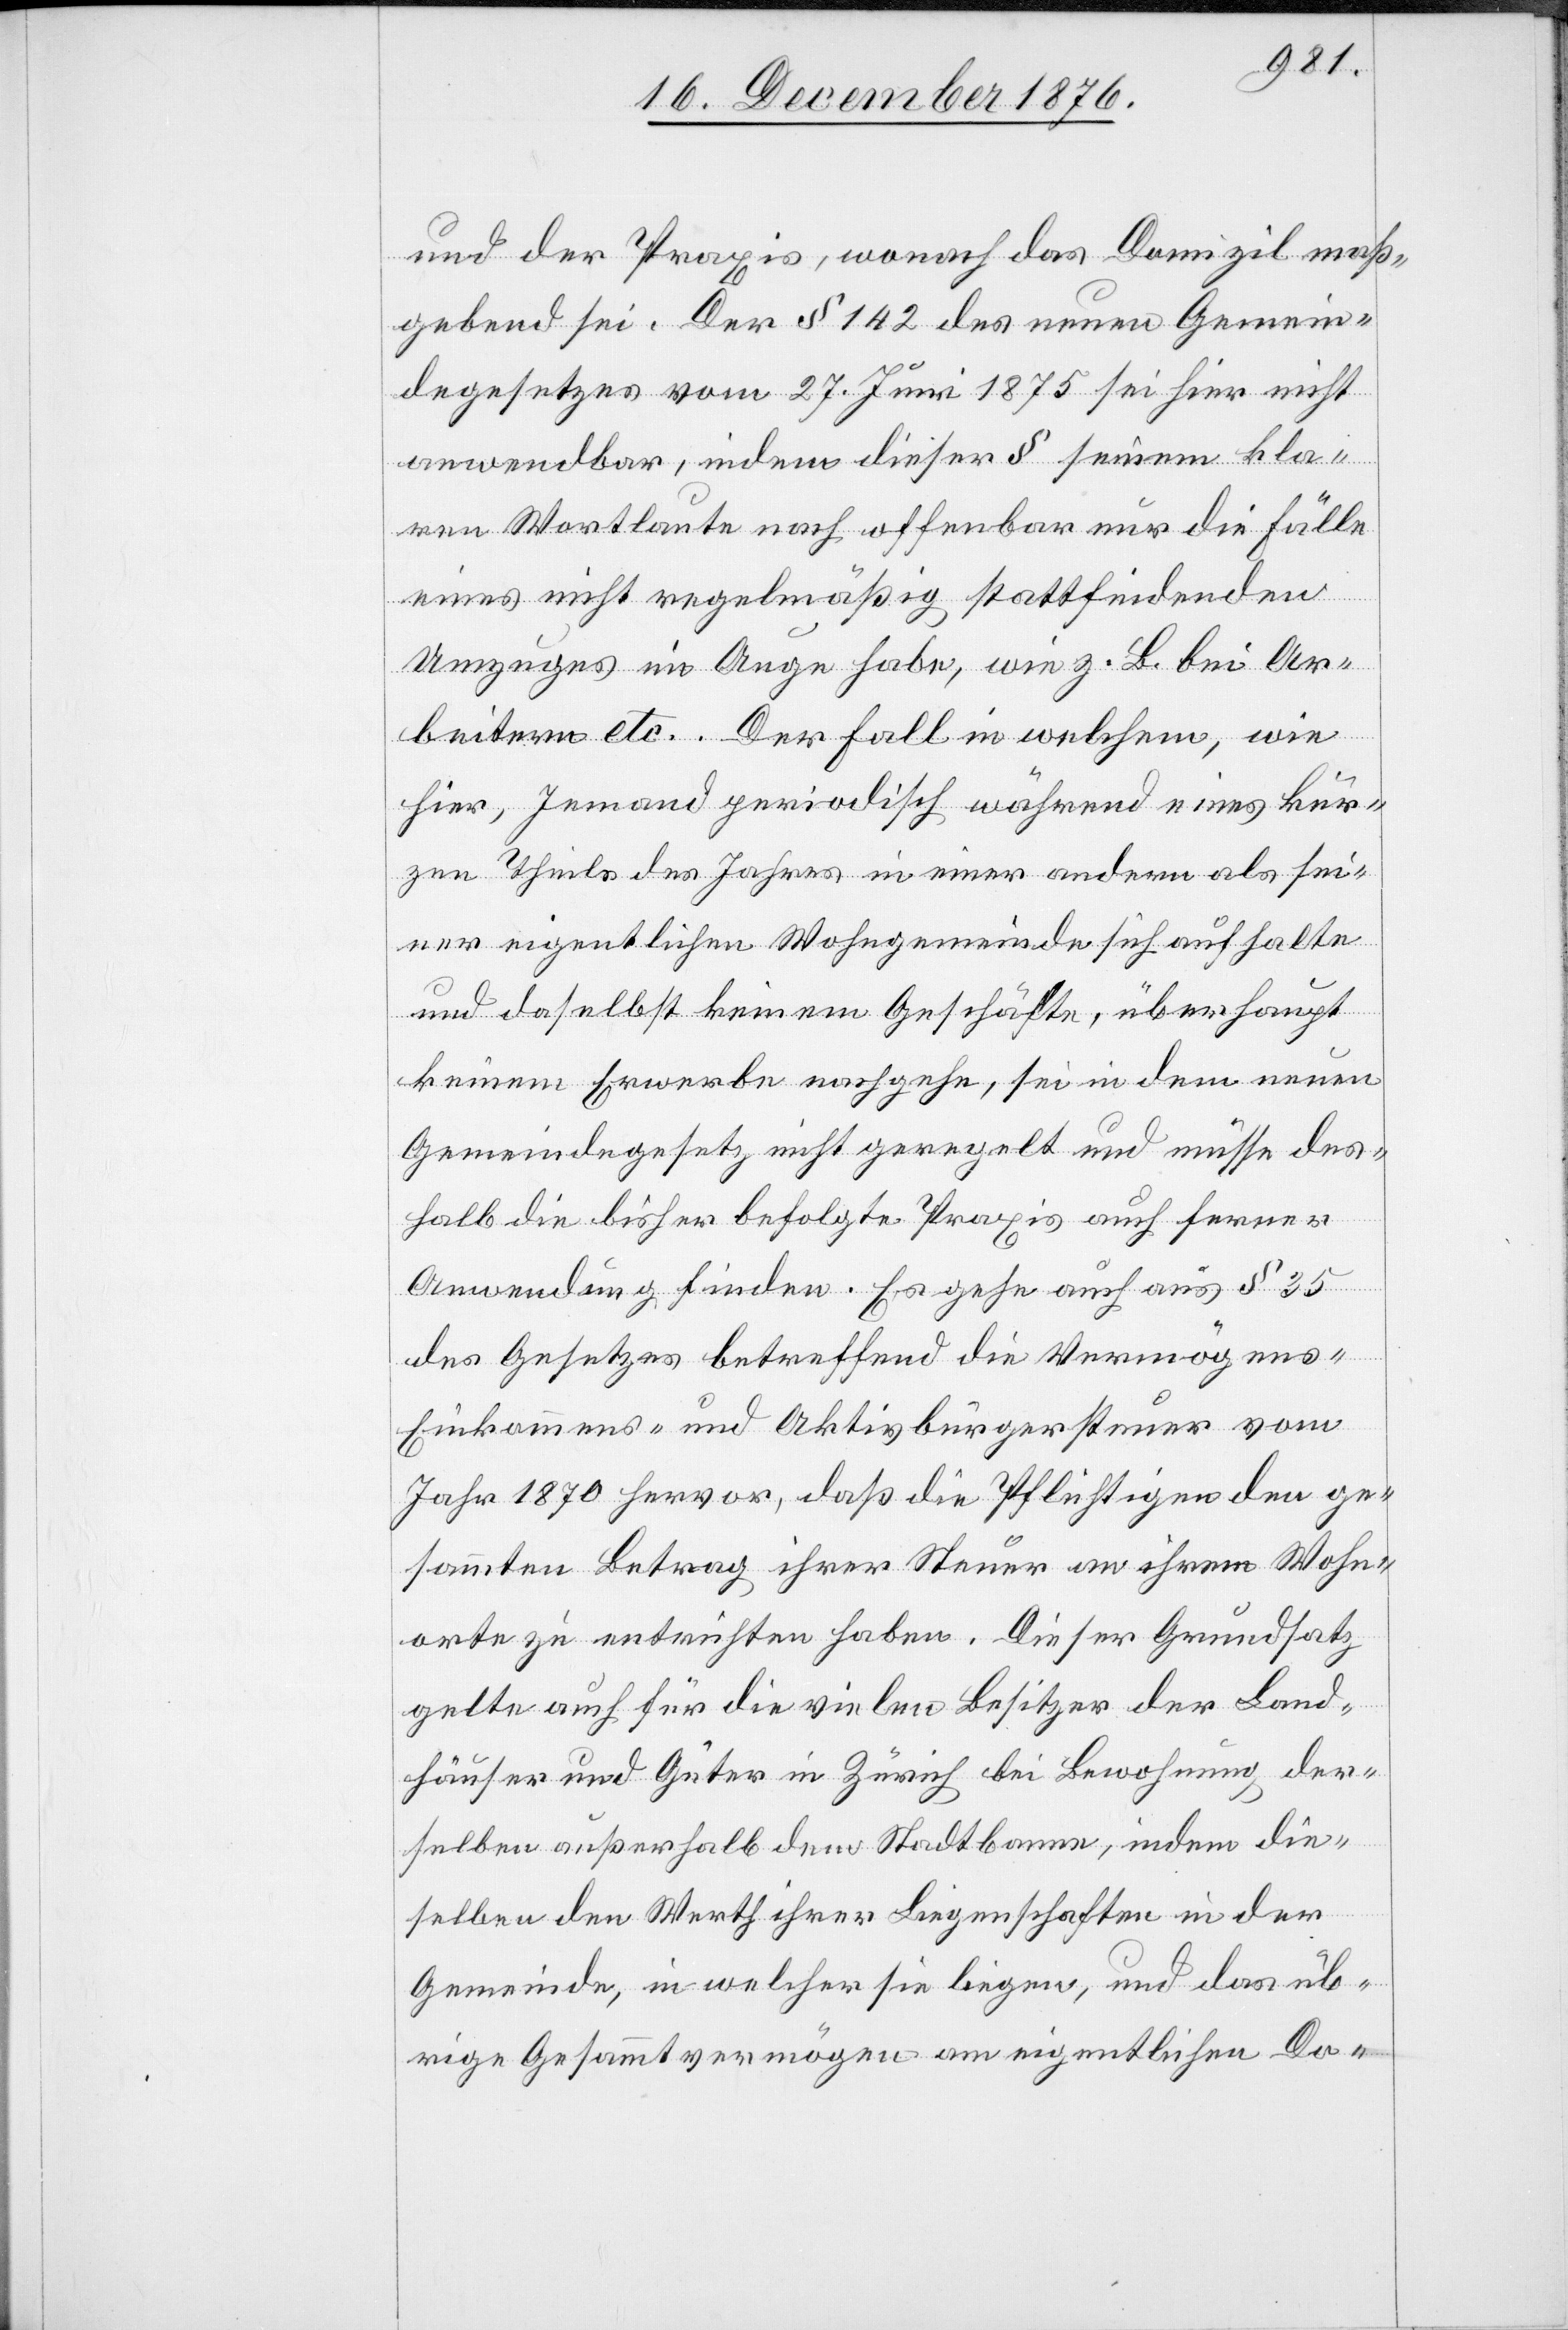
und der Praxis, wonach das Domizil maß¬
gebend sei. Der § 142 des neuen Gemein¬
degesetzes vom 27. Juni 1875 sei hier nicht
anwendbar, indem dieser § seinem kla¬
ren Wortlaute nach offenbar nur die Fälle
eines nicht regelmäßig stattfindenden
Umzuges im Auge habe, wie z. B. bei Ar¬
beitern etc. Der Fall in welchem, wie
hier, Jemand periodisch während eines kur¬
zen Theils des Jahres in einer andern als sei¬
ner eigentlichen Wohngemeinde sich aufhalte
und daselbst keinem Geschäfte, überhaupt
keinem Erwerbe nachgehe, sei in dem neuen
Gemeindegesetz nicht geregelt und müsse des¬
halb die bisher befolgte Praxis auch ferner
Anwendung finden. Es gehe auch aus § 35
des Gesetzes betreffend die Vermögens-
Einkommens- und Aktivbürgersteuer vom
Jahr 1870 hervor, daß die Pflichtigen den ge¬
sammten Betrag ihrer Steuer an ihrem Wohn¬
orte zu entrichten haben. Dieser Grundsatz
gelte auch für die vielen Besitzer der Land¬
häuser und Güter in Zürich bei Bewohnung der¬
selben außerhalb dem Stadtbanne, indem die¬
selben den Werth ihrer Liegenschaften in der
Gemeinde, in welcher sie liegen, und das üb¬
rige Gesammtvermögen am eigentlichen Do-